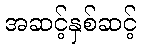
အဆင့်နှစ်ဆင့်